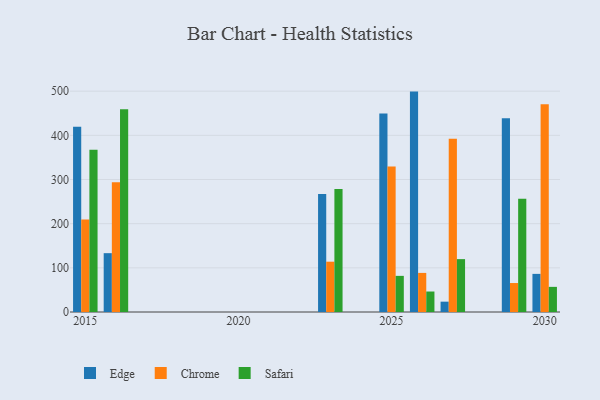
{"axis": {"x": "Year", "y": "Revenue (USD Million)"}, "legend": ["Chrome", "Edge", "Safari"], "data": [{"x": "2016", "y": 133.2, "type": "Edge"}, {"x": "2016", "y": 293.8, "type": "Chrome"}, {"x": "2016", "y": 459.2, "type": "Safari"}, {"x": "2015", "y": 419.3, "type": "Edge"}, {"x": "2015", "y": 209.3, "type": "Chrome"}, {"x": "2015", "y": 367.4, "type": "Safari"}, {"x": "2023", "y": 267.4, "type": "Edge"}, {"x": "2023", "y": 113.9, "type": "Chrome"}, {"x": "2023", "y": 278.2, "type": "Safari"}, {"x": "2029", "y": 438.7, "type": "Edge"}, {"x": "2029", "y": 65.6, "type": "Chrome"}, {"x": "2029", "y": 256.5, "type": "Safari"}, {"x": "2027", "y": 23.4, "type": "Edge"}, {"x": "2027", "y": 392.4, "type": "Chrome"}, {"x": "2027", "y": 119.7, "type": "Safari"}, {"x": "2030", "y": 86.3, "type": "Edge"}, {"x": "2030", "y": 470.2, "type": "Chrome"}, {"x": "2030", "y": 56.9, "type": "Safari"}, {"x": "2025", "y": 449.3, "type": "Edge"}, {"x": "2025", "y": 329.7, "type": "Chrome"}, {"x": "2025", "y": 81.8, "type": "Safari"}, {"x": "2026", "y": 499.0, "type": "Edge"}, {"x": "2026", "y": 88.5, "type": "Chrome"}, {"x": "2026", "y": 46.4, "type": "Safari"}]}